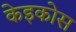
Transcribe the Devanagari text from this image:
केइकोस